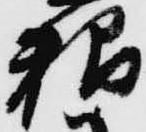
粮